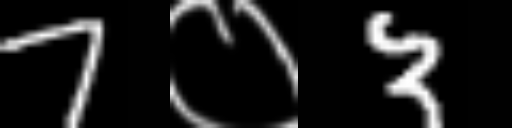
Text: 7०3